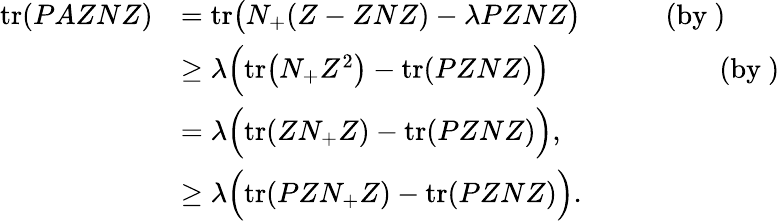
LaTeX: \begin{array}{rl}{\mathrm{tr}(PAZNZ)}&{=\mathrm{tr}\big(N_{+}(Z-ZNZ)-\lambda PZNZ\big)\quad\qquad(\mathrm{by~})}\\ &{\geq\lambda\Big(\mathrm{tr}\big(N_{+}Z^{2}\big)-\mathrm{tr}(PZNZ)\Big)\quad\qquad\qquad\quad(\mathrm{by~})}\\ &{=\lambda\Big(\mathrm{tr}(ZN_{+}Z)-\mathrm{tr}(PZNZ)\Big),}\\ &{\geq\lambda\Big(\mathrm{tr}(PZN_{+}Z)-\mathrm{tr}(PZNZ)\Big).}\end{array}